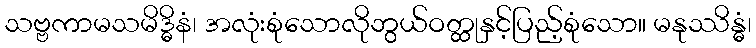
သဗ္ဗကာမသမိဒ္ဓိနံ၊ အလုံးစုံသောလိုဘွယ်ဝတ္ထုနှင့်ပြည့်စုံသော။ မနုဿိန္ဓံ၊